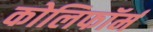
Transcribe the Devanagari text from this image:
कोलिफॉर्म